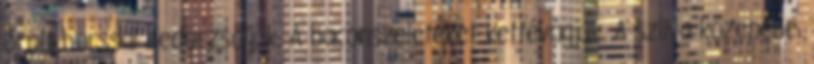
őrölt borssal bedörzsöljük. A baconszeleteket kettévágjuk. A szilva közepébe,